NAE_kihelkonnakohtute_kirjad_ja_protokollid_1869-1889, lk 5
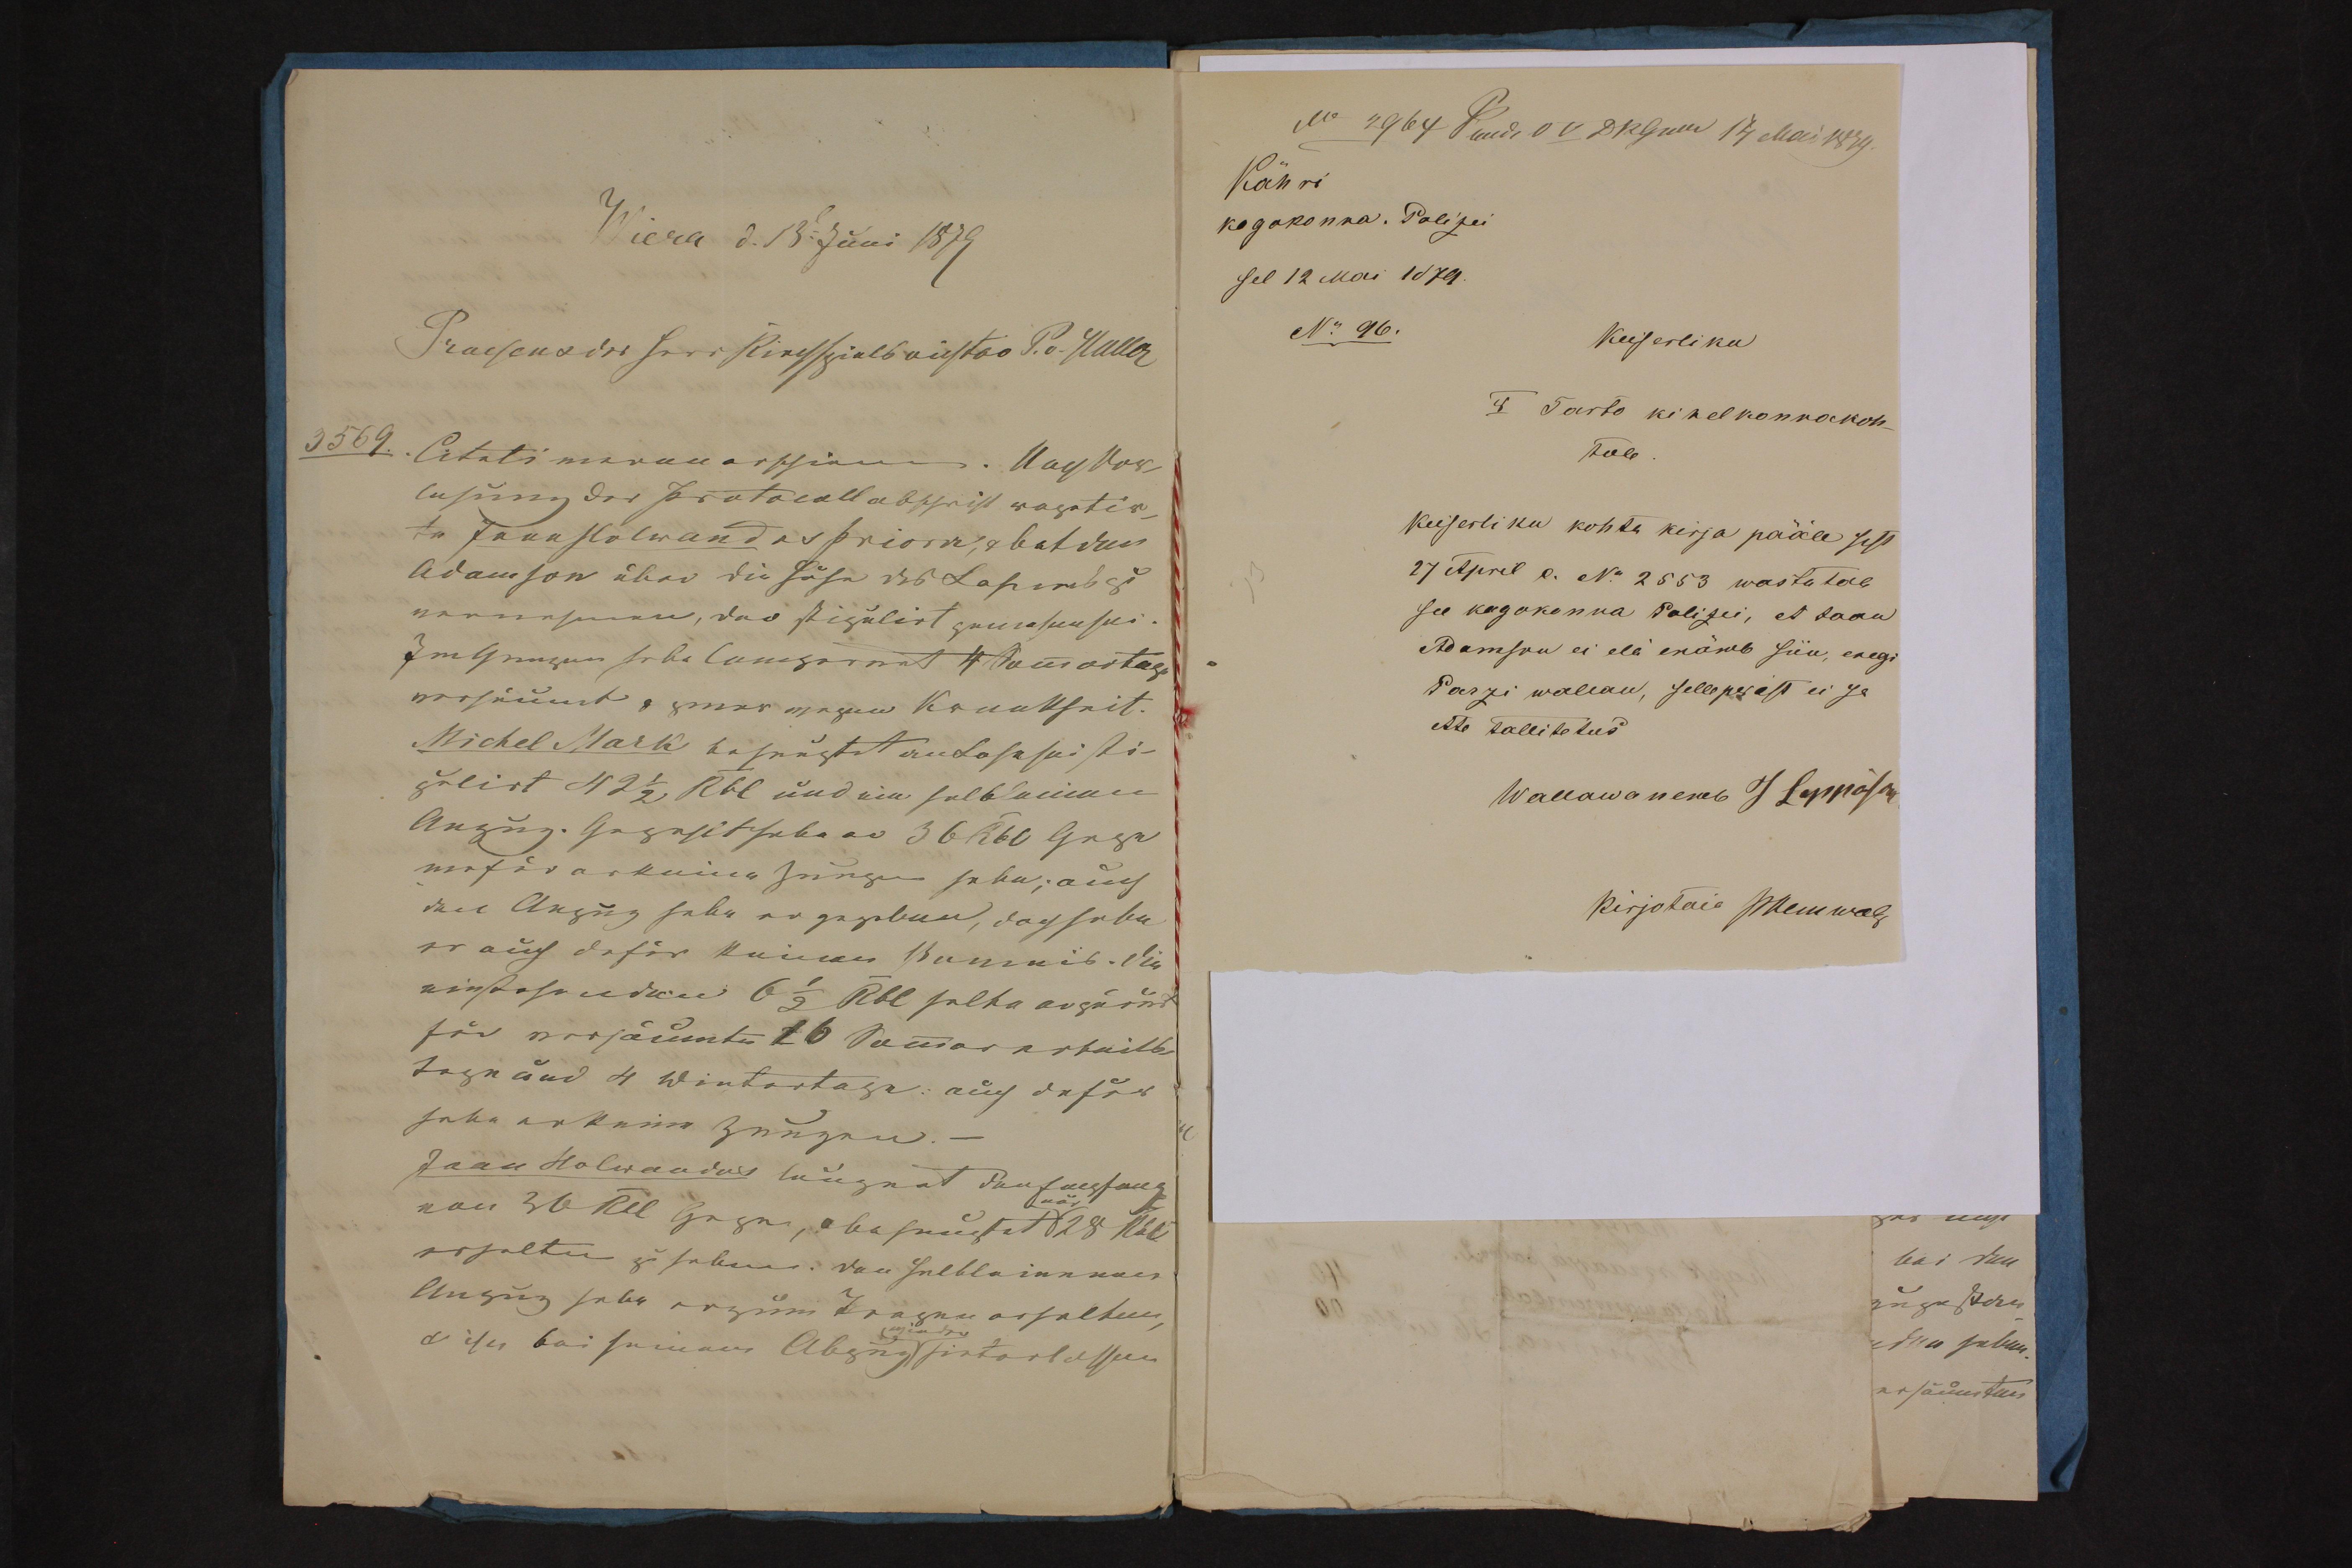
Kähri
kogokonna. Polizei
sel 12 Mai 1874
N: 96.
Keiserliku
I Tarto kihelkonnakoh-
tule
Keiserliku kohtu kirja pääle sest
17 Aprel e. N: 2553 wastutab
see kogukonna Polizei, et Jaan
Adamson ei ela enämb siin, ealgi
Parzi wallan, selleperast ei sa
ette tallitetus